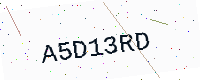
Text: A5D13RD